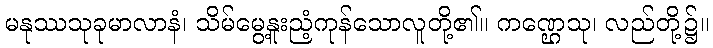
မနုဿသုခုမာလာနံ၊ သိမ်မွေ့နူးညံ့ကုန်သောလူတို့၏။ ကဏ္ဌေသု၊ လည်တို့၌။